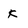
Character: k